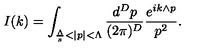
I ( k ) = \int _ { \frac { \Lambda } { s } < | p | < \Lambda } \frac { d ^ { D } p } { ( 2 \pi ) ^ { D } } \frac { e ^ { i k \wedge p } } { p ^ { 2 } } .